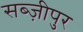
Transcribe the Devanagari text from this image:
सब्ज़ीपुर